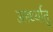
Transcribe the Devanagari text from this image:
उलर्थ्यातू